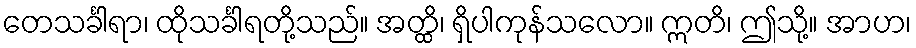
တေသင်္ခါရာ၊ ထိုသင်္ခါရတို့သည်။ အတ္ထိ၊ ရှိပါကုန်သလော။ ဣတိ၊ ဤသို့။ အာဟ၊